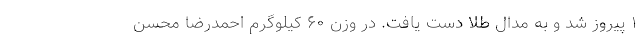
۱ پیروز شد و به مدال طلا دست یافت. در وزن ۶۰ کیلوگرم احمدرضا محسن